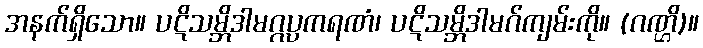
အနက်ရှိသော။ ပဋိသမ္ဘိဒါမဂ္ဂပ္ပကရဏံ၊ ပဋိသမ္ဘိဒါမဂ်ကျမ်းကို။ (ဂဏ္ဌိ)။